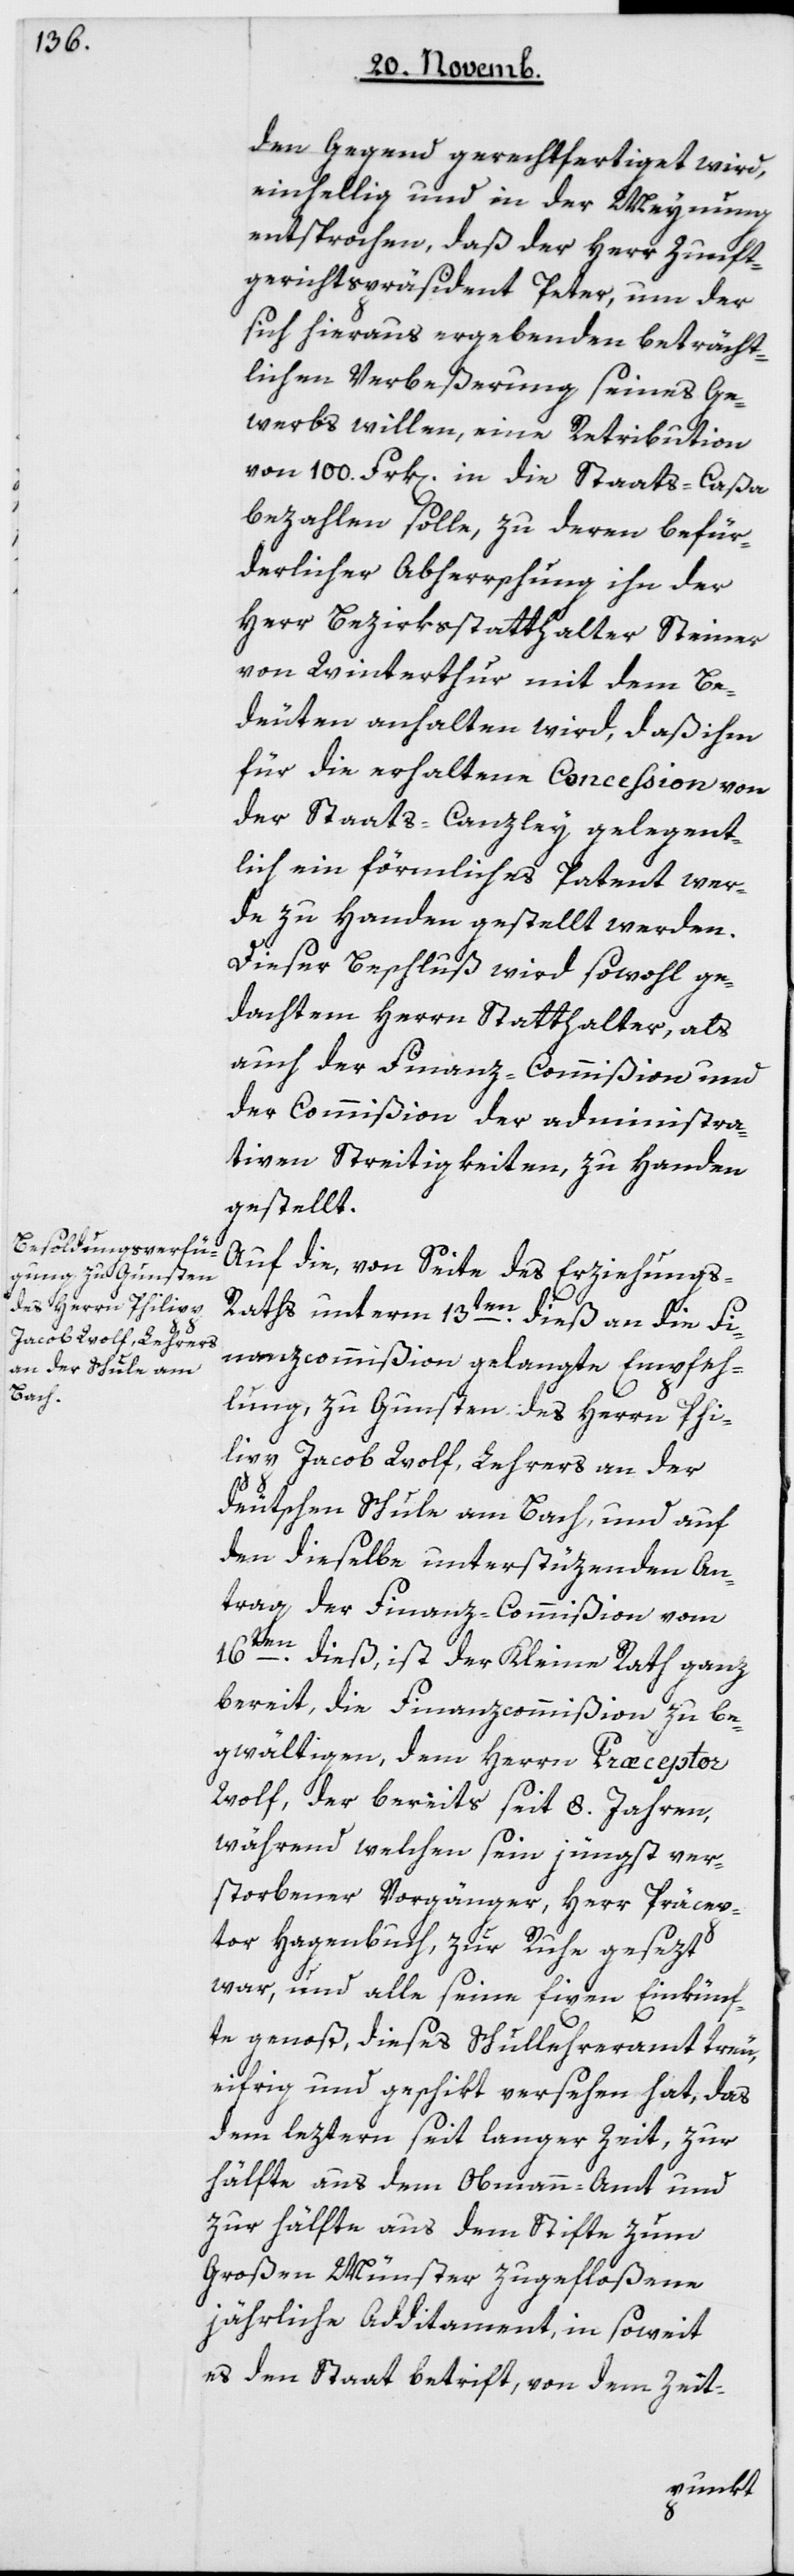
den Gegend gerechtfertiget wird,
einhellig und in der Meynung
entsprochen, daß der Herr Zunft¬
gerichtspräsident Peter, um der
sich hieraus ergebenden beträcht¬
lichen Verbeßerung seines Ge¬
werbs willen, eine Retribution
von 100 Franken in die Staats Caßa
bezahlen solle, zu deren befür¬
derlicher Abherrschung ihn der
Herr Bezirksstatthalter Steiner
von Winterthur mit dem Be¬
deuten anhalten wird, daß ihm
für die erhaltene Conceßion von
der Staats-Canzley gelegent¬
lich ein förmliches Patent wer¬
de zu Handen gestellt werden.
Dieser Beschluß wird sowohl ge¬
dachtem Herrn Statthalter als
auch der Finanzcommißion und
der Commißion der administra¬
tiven Streitigkeiten, zu Handen
gestellt.
Auf die, von Seite des Erziehungs¬
raths unterm 13ten dieß an die Fi¬
nanzcommißion gelangte Empfeh¬
lung, zu Gunsten des Herrn Phi¬
lipp Jacob Wolf, Lehrers an der
deutschen Schule am Bach, und auf
den dieselbe unterstüzenden An¬
trag der Finanzcommißion vom
16ten dieß, ist der Kleine Rath ganz
bereit, die Finanzcommißion zu be¬
gwältigen, dem Herrn Præceptor
Wolf, der bereits seit 8 Jahren,
während welchen seyn jüngst ver¬
storbener Vorgänger, Herr Præcep¬
tor Hagenbuch, zur Ruhe gesetzt
war, und alle seine fixen Einkünf¬
te genoß, dieses Schullehreramt treu,
eifrig und geschikt versehen hat, das
dem leztern seit langer Zeit, zur
Hälfte aus dem Obmann-Amt und
zur Hälfte aus dem Stifte zum
Großen Münster zugefloßene
jährliche Additament, in soweit
es den Staat betrifft, von dem Zeit-